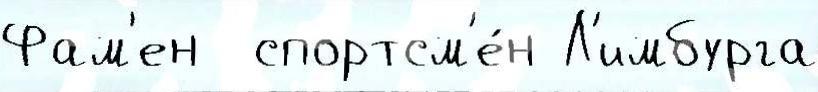
Фам'ен  спортсм'е́н Л'имбурга